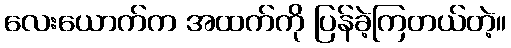
လေးယောက်က အထက်ကို ပြန်ခဲ့ကြတယ်တဲ့။